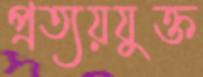
প্রত্যয়যুক্ত